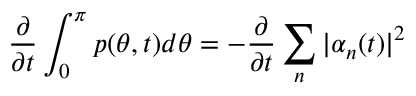
\frac { \partial } { \partial t } \int _ { 0 } ^ { \pi } p ( \theta , t ) d \theta = - \frac { \partial } { \partial t } \sum _ { n } \vert \alpha _ { n } ( t ) \vert ^ { 2 }